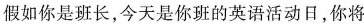
假如你是班长，今天是你班的英语活动日，你将